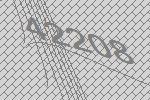
42208